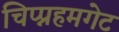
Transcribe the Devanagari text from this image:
चिप्प्नहमगेट